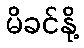
မိခင်နို့